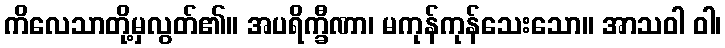
ကိလေသာတို့မှလွတ်၏။ အပရိက္ခီဏာ၊ မကုန်ကုန်သေးသော။ အာသဝါ ဝါ၊